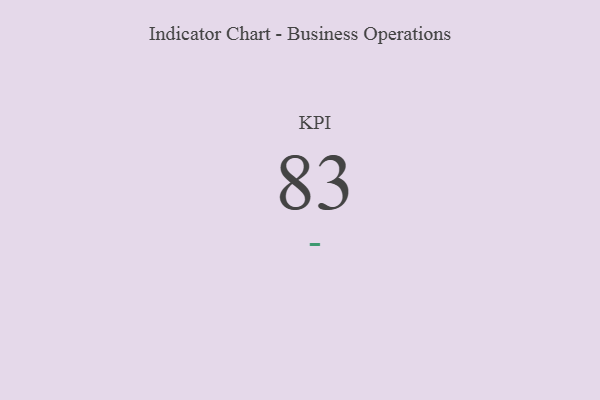
{"axis": {"x": "KPI", "y": "Value"}, "legend": [""], "data": [{"x": "KPI", "y": 83, "type": ""}]}